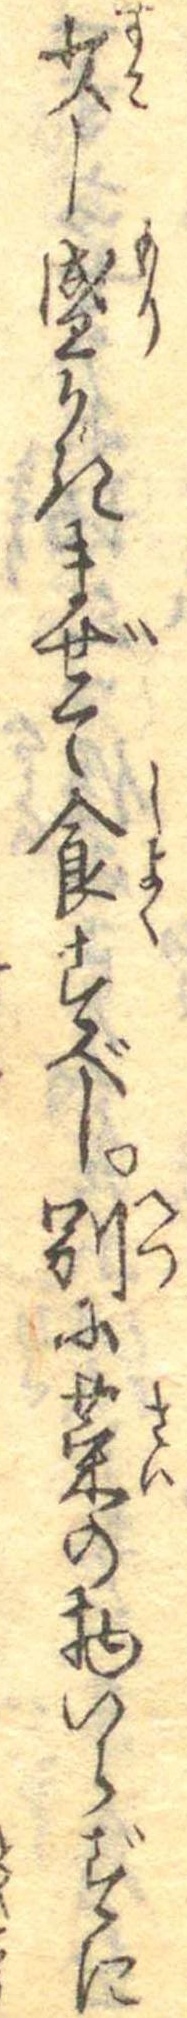
少し盛かきまぜて食すべし別に菜の物いらずに